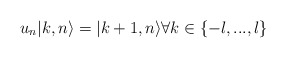
\begin{align*}u_{n}|k,n\rangle =|k+1,n\rangle \forall k\in \{-l,...,l\}\end{align*}